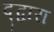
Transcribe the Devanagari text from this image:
द्द्वारा